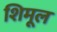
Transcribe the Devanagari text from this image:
शिमूल